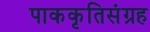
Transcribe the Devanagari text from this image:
पाककृतिसंग्रह